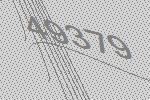
49379